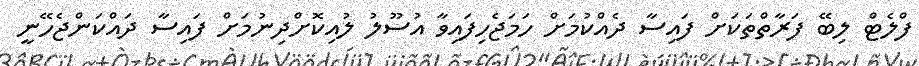
ފްލެޓް ލިބޭ ފަރާތްތަކަށް ފައިސާ ދެއްކުމަށް ހަމަޖެހިފައިވާ އުސޫލު ލުއިކޮށްދިނުމަށް ފައިސާ ދައްކަންޖެހޭނީ